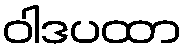
ဝါဒပထာ